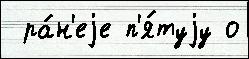
 ра́н'еjе п'я́туjу о